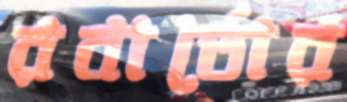
রবার্তোর